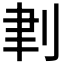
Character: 𠜈